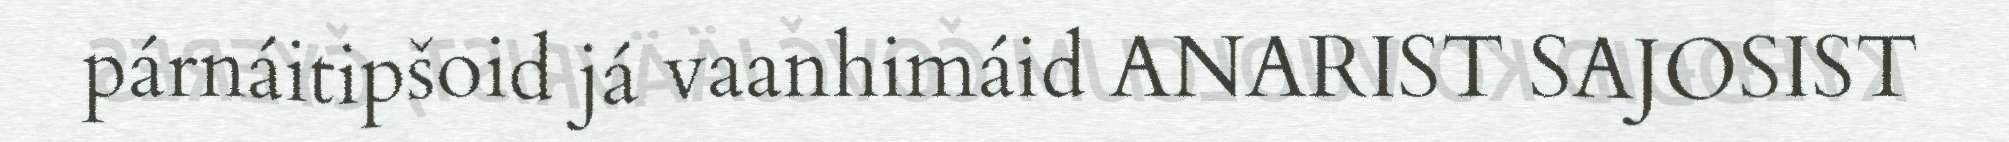
párnáitipšoid já vaanhimáid ANARIST SAJOSIST